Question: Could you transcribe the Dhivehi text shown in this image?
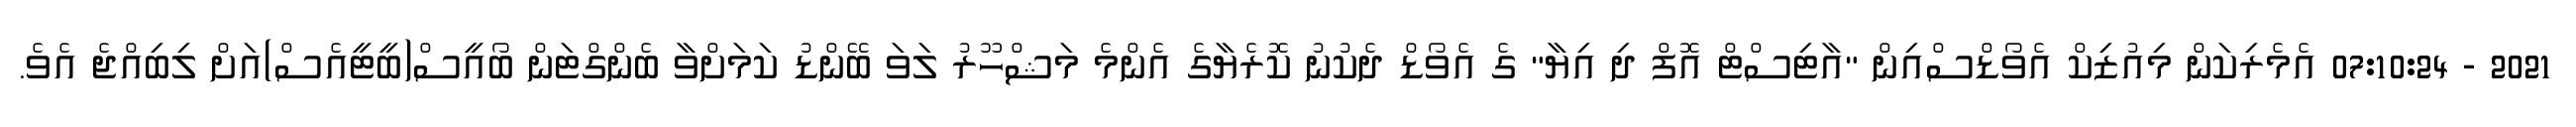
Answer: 2021 - 07:10:24 އެމެރިކަން މިއުޒިކް އެވޯޑްސްއިން "އާޓިސްޓް އޮފް ދި އިޔާ" ގެ އެވޯޑް ދެކުނު ކޮރެޔާގެ އެންމެ މަޝްހޫރު ލަވަ ބޭންޑު ކަމަށްވާ ބެންގްޓަން ބޯއީސް(ބީޓީއެސް)އަށް ލިބިއްޖެ އެވެ.